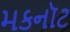
મકનૉટ